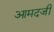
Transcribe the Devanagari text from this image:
आमदजी